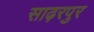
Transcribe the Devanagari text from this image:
साढ़रपुर